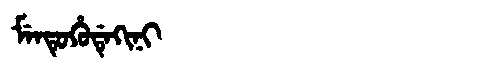
Manchu: ᠮᡝᠨᡨᡠᡥᡠᡩᡝᡴᡳᠨᡳ
Romanization: MENTUHUDEKINI